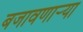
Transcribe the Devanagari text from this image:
बजावणार्‍या